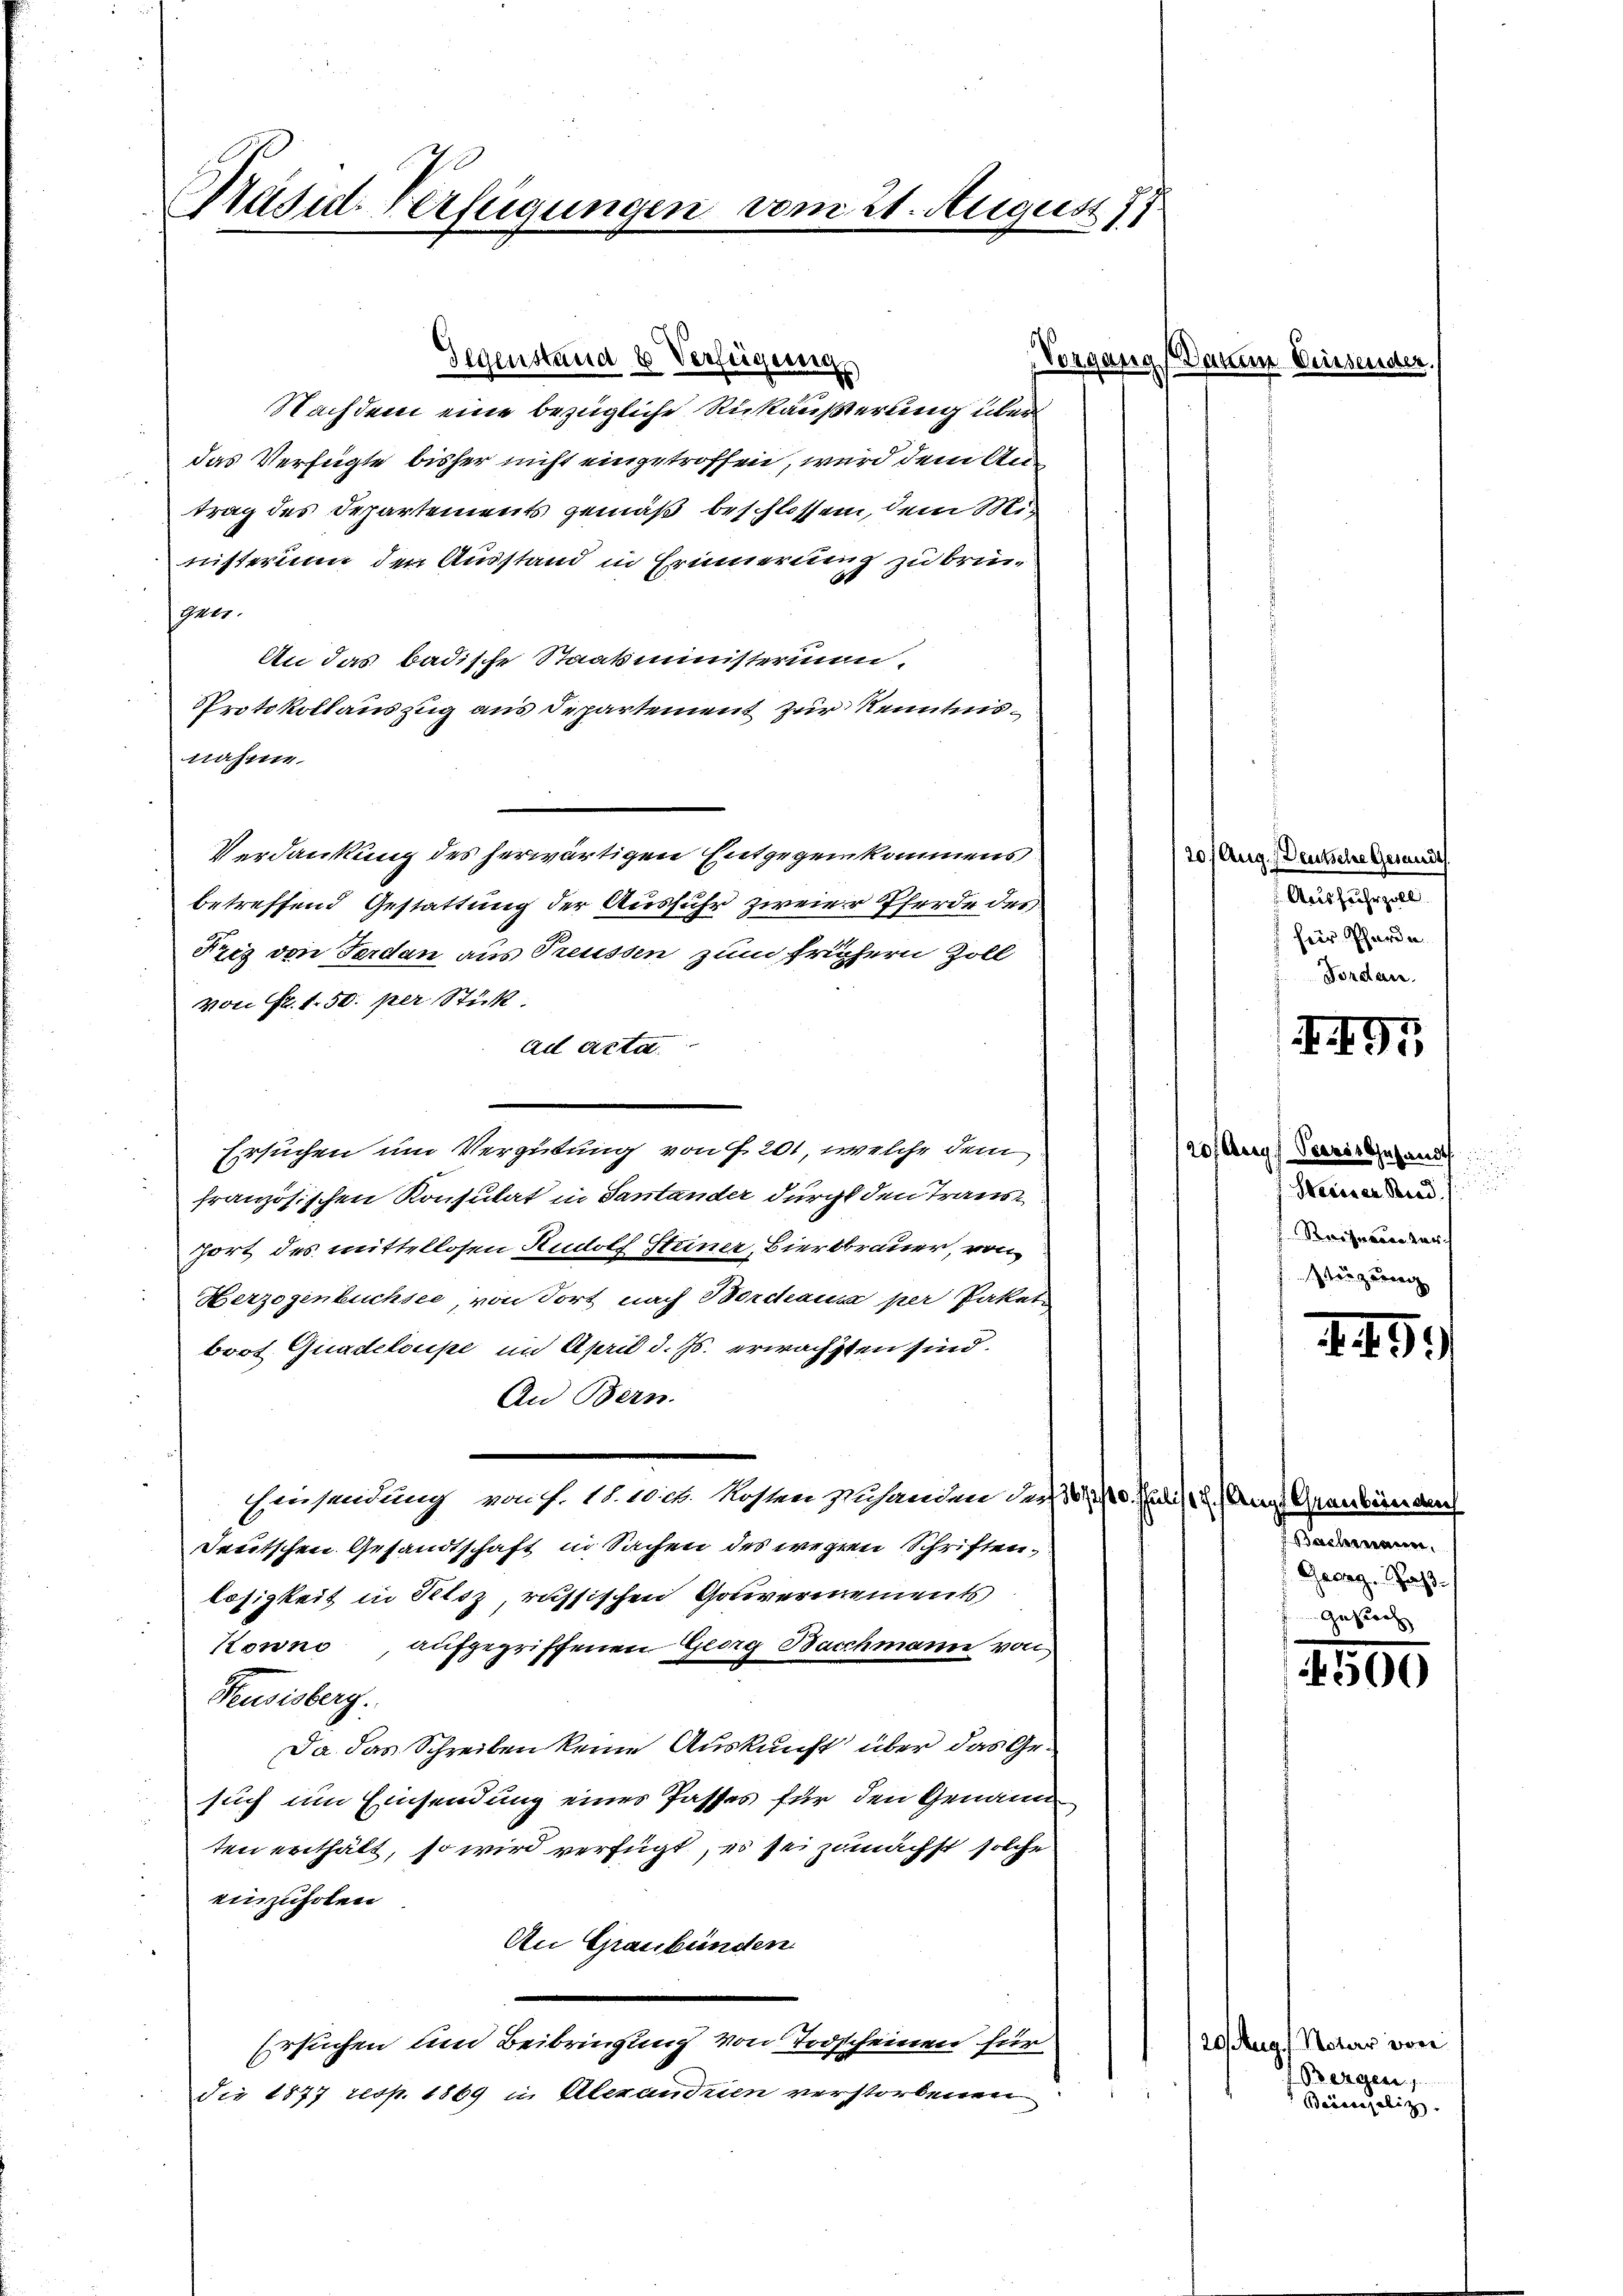
Präsid. Verfügungen vom 21. August 17.

Gegenstand 6 Verfügung.
Nachdem eine bezügliche Rükäußerung über
das Verfügte bisher nicht eingetroffen, wird dem Antrag des Departements gemäß beschlossen, dem Ministerium den Ausstand in Erinnerung zu bringner.
An das badische Staatsministerion,
Protokoll auszug aus Departement zur Kenntnisnahme
Verdankung des herwärtigen Entgegenkommens
betreffend Gestattung der Ausfuhr zweier Pferde des
Friz von Ferdan aus Treussen zum frühern Zoll
von Fr. 1. 50. per Stick.
ad acta
Ersuchen um Vergütung von f. 201, welche dem
französischen Konsulat in Santander durch den Transort des mittellosen Rudolf Steiner Bierbrauer, von
Herzogenbuchsee von dort nach Borchausa per Paket
boot Quadeloupe im April d. Js. erwächsten sind.
An Bern.
Einsendung von f. 18. 10 ch. Kosten zuhanden der
Deutschen Gesandtschaft in Sachen des wegen Schriften,
losigkeit in Seloz, russischen Gouvernements
Kowno aufgegriffenen Georg Bacchmann von
Feusisberg.
Da das Schreiben keine Auskunft über das Gesuch um Einsendung eines Passes für den Genann
ten enthält, so wird verfügt, es sei zunächst solche
einzuholen.
An Graubünden.
Ersuchen und Beibringung von Todscheinen für
die 1877 resp. 1869 in Alexandrien verstorbenen

Vorgan

al

Darten

20/ Aug. Deutsche Gesandt
Ausfuhrzoll.
1 Herr Pferde.
Forden.

120/ Aug. Peeres Gesandt
Steinser Band.
Reizerinter
truzernach

ch. (Augf Graubünden
Bachmann.
Georg. Pas-

Weiser

491

445.

4500

20 Aug. / Notar von
Perger
Baasregaliz.